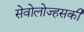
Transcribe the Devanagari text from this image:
सेवोलोज्हसकी